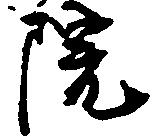
院